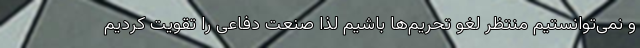
و نمی‌توانستیم منتظر لغو تحریم‌ها باشیم لذا صنعت دفاعی را تقویت کردیم